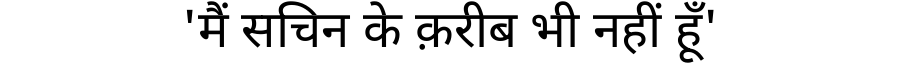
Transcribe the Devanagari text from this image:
'मैं सचिन के क़रीब भी नहीं हूँ'